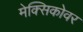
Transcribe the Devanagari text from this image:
मेक्सिकोवर